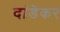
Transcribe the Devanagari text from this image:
दांडॆकर